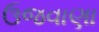
ઉજવાણા